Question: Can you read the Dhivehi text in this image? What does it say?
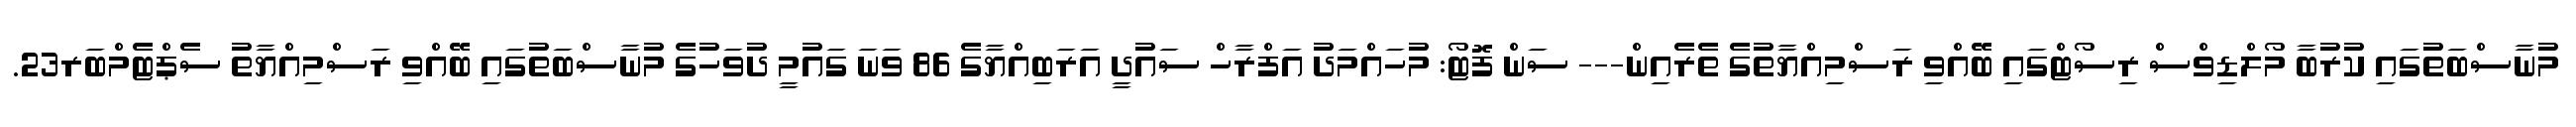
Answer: މުނާސްބަތުގައި ކުރުބާ މޯލްޑިވްސް ރިސޯޓްގައި ބޭއްވި ރަސްމިއްޔާތުގެ ތެރެއިން--- ސަން ފޮޓޯ: މުހައްމަދު އަފްރާހް ސައުދީ އަރަބިއްޔާގެ 86 ވަނަ ގައުމީ ދުވަހުގެ މުނާސްބަތުގައި ބޭއްވި ރަސްމިއްޔާތު ސެޕްޓެމްބަރ23.